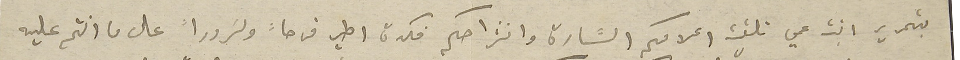
بتحرير ابنة عمي تلقيت اعلامكم السَّارة وانشراحكم فكدة اطير فرحاً وسَروراً على ما انتم عليه